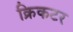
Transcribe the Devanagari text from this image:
क्रिकटर